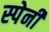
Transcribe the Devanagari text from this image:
स्‍पेनी